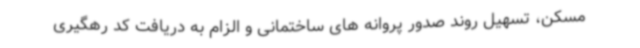
مسکن، تسهیل روند صدور پروانه های ساختمانی و الزام به دریافت کد رهگیری